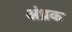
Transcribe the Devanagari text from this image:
अंध्रक